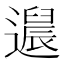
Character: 𬩚